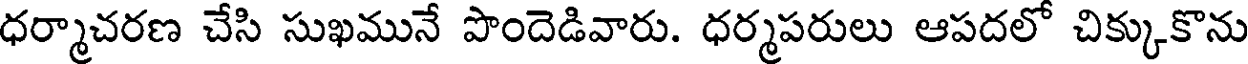
ధర్మాచరణ చేసి సుఖమునే పొందెడివారు. ధర్మపరులు ఆపదలో చిక్కుకొను